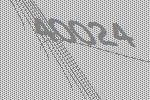
40024